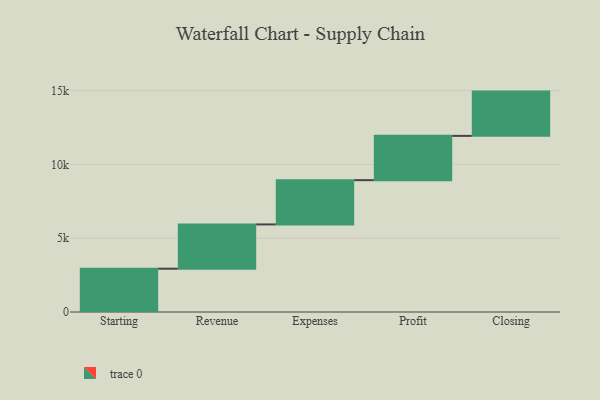
{"axis": {"x": "Step", "y": "Value"}, "legend": [""], "data": [{"x": "Starting", "y": 2934.0, "type": ""}, {"x": "Revenue", "y": 3000, "type": ""}, {"x": "Expenses", "y": 3000, "type": ""}, {"x": "Profit", "y": 3000, "type": ""}, {"x": "Closing", "y": 3000, "type": ""}]}